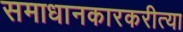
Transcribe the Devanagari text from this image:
समाधानकारकरीत्या